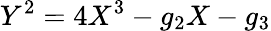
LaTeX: Y^{2}=4X^{3}-g_{2}X-g_{3}